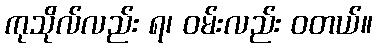
ကုသိုလ်လည်း ရ၊ ဝမ်းလည်း ဝတယ်။